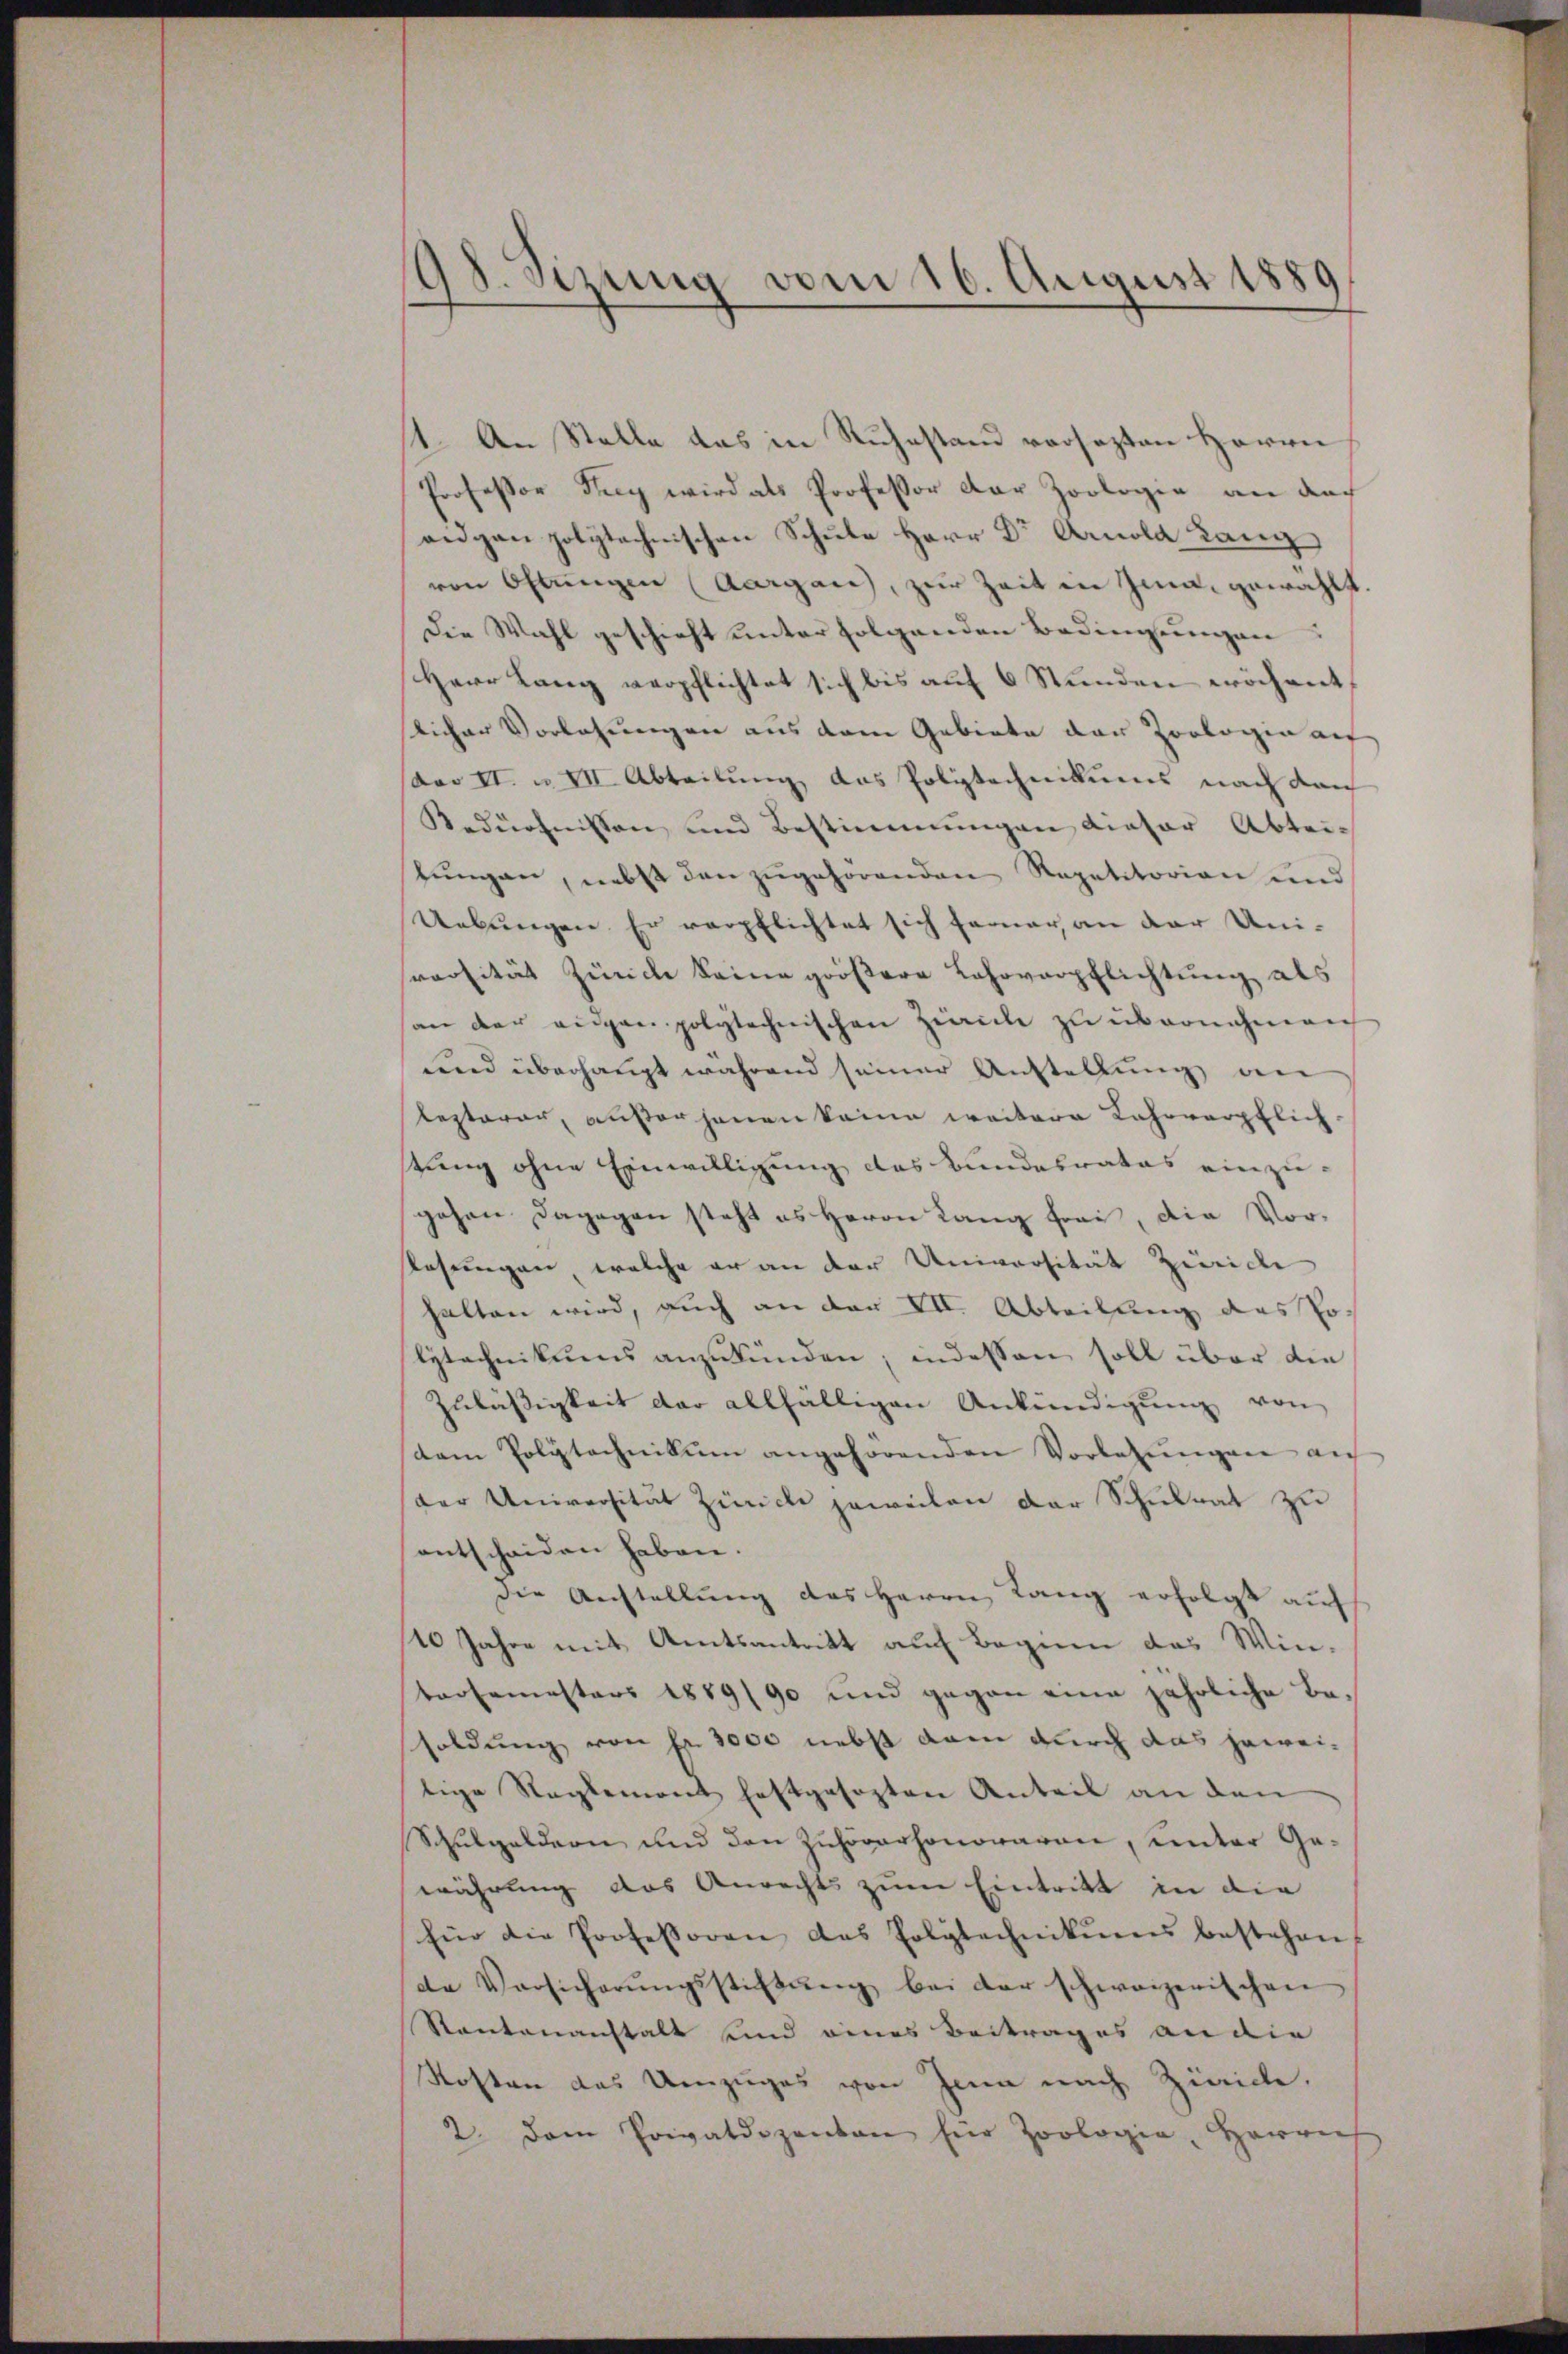
98. Sizung vom 16. August 1889

1. An Stelle das in Ruhestand versezten Herrn
Professor Frey wird als Professor der Zoologie an doch
aidgan polytechnischen Schule Herr Dr Arnold Lanz
von Oltungen (Aargau, zur Zeit in Ima, gewählt.
Die Wahl geschieht unter folgenden Bedingungen
Herr Lang verpflichtet sich bis auf 6 Stunden wöchent,
licher Vorlehnungen aus dem Gebiete der Zoologie auf
dar II. u. VII Abteilung das Polytechnikums nach dan
Bedürfnissen und Bestimmungen dieser Abtei-
stungen, nebst den zugehörenden Repetitorion und
Uebungen. Er verpflichtet sich ferner an der Universität Zürich keine größere Lahrverpflichtung als
san der eigen polytechnischen Zürich zu übernahmen
und überhaupt während seiner Anstellung de
lezterer, außer jenen keine weitere Lahrverpflich-
tung ohne Einwilligung des Bundesrates einzugehen dagegen steht es Herrn Lang frei, die Vor¬
Rosungen welche er an der Universität Zürich
halten wird, auch an der VII. Abteilung des Jos
lytechnikums anzukünden; indessen soll über die
Zuläßigkeit der allfälligen Ankündigung von
sdem Polytechnikum angehörenden Vorlesungen auf
der Universität Zürich jeweilen der Schulrat zu
entscheiden haben.
Die Anstellung des Herrn Lang erfolgt auf
20 Jahre mit Amtsantritt auf Beginn das Wintersemesters 1889/90 und gegen eine jährliche Besoldung von Fr. 3000 nebst dann durch das jeweitige Reglement festgesezten Anteil an den
Schulgeldern und den Zuhörarhonoraren, unter Gewährung des Anrechts zum Eintritt in die
für die Professoren des Polytechnikums bestehen
de Versicherŭngsstiβŭng bei der schweizerischen
Santenanstalt und eines Beitrages an die
Kosten das Umzuges von Jena nach Ziricle,
2. Dem Privatdozenten für Zoologie, Harriet